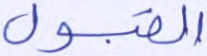
القبول